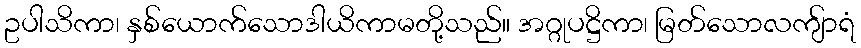
ဥပါသိကာ၊ နှစ်ယောက်သောဒါယိကာမတို့သည်။ အဂ္ဂုပဋ္ဌိကာ၊ မြတ်သောလကျ်ာရံ